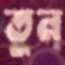
তুন্